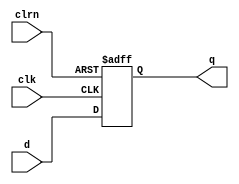
`timescale 1ns / 1ps
//////////////////////////////////////////////////////////////////////////////////
// Company: 
// Engineer: 
// 
// Design Name: 
// Module Name: dff32
// Project Name: 
// Target Devices: 
// Tool Versions: 
// Description: 
// 
// Dependencies: 
// 
// Revision:
// Revision 0.01 - File Created
// Additional Comments:
// 
//////////////////////////////////////////////////////////////////////////////////

//32D
module dff32(d,clk,clrn,q);
    input clk,clrn;
    input [31:0] d;
    output [31:0] q;
    reg [31:0] q;
    always @(posedge clk or posedge clrn)
    begin
        if(clrn == 1)
            q <= 0;
        else
            q <= d;
    end
endmodule